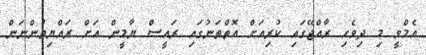
އެމްވީ މި ދިވެހި ރާއްޖޭގައި ކުރިއަށް އޮތްތަނުގައި ރައީސް ޔާމީން އަށް ރައްޔިތުންނަން